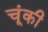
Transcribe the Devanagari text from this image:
चूंकी